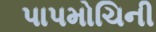
પાપમોચિની